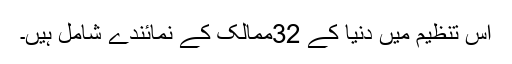
اس تنظیم میں دنیا کے 32ممالک کے نمائندے شامل ہیں۔